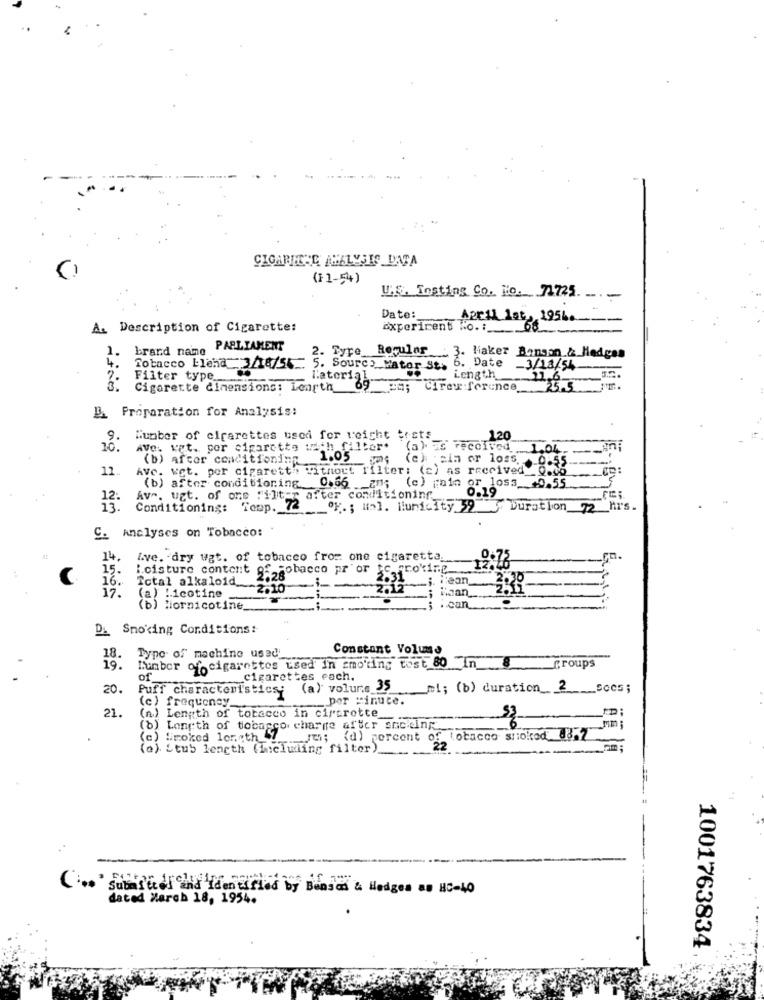
CIGARTHESE ANALYSIS DATA
(11-54)
U.S. Insting Co. No. 71725
.-
Date:
April 1st, 195b.
A. Description of Cigarette:
Experiment to. :
brand naine
PARLIAMENT
2.
Tyre Regular
4.
.6. Date
3. Haker Bongon & Hedges
Tobacco Elena_ 3/18/55
. Source Mator St. 9
3/13/54-
7.
Filter type.
l'atorial.
Length_
216
3.
Cigarette dimensions: Length
Cire ference
35.5
B. Proparation for Analysis:
9.
Munber of cigarettes used for reicht costs
120
10.
AVe. vet. por cigarette with filter'
(a) is received
1.04.
(b) after conditioning.
1.05
(c) ;sin or loss.
._ 0.55-
11 ..
Ave. wet. per cigarett". without filter: (a) as received __ 0.00
TO:
(b) after conditioning 0.66 En; (c) main or loss_ +0.55
Av". ugt. of one filter after conditioning
0.19
13:
Conditioning: Teup. 72
ºf. ; ">]. Hunicity 59 Duration 72 hrs.
C. Analyses on Tobacco:
14.
&ve. dry ugt. of tobacco from one cigaretta.
15.
i.cisturc content
9 -- sobacco pr" or
Proking
16.
Total alkaloid
lean
17.
(a) !icotine
.10
inan
(b) Miornicotine_
---
.can
Di Smoking Conditions:
18.
Constant Volume
Type of machine used'_
Number of cigarettes used in smoking test 80 In
19.
groups
of
cigarettes each.
20.
Puff characteristics;
(a) volunte 35
ml; (b) duration_ 2_secs;
(c) frequency
._. per minute.
21.
(n) Length of tobacco in circrotte
53
(b) Longth of tobacco charge after snc.cing ___
(c) Smoked lowith 7 ; (d) percent of Tobacco smoked 8837
(e) Stub length (Including filter)
( submitted and Identified by Bensad & Hedges as HC-40
dated March 18, 1954.
1001763834